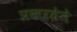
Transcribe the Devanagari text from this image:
प्रखरतेने